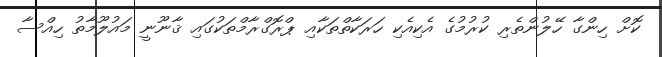
ކޮށް ހިންގާ ހޭލުންތެރި ކުރުމުގެ އެކިއެކި ހަރަކާތްތަކާއި ޕްރޮގްރާމްތަކުގައި ޤާނޫނީ މައުލޫމާތު ހިއްސާ